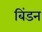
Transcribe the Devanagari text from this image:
बिंडन